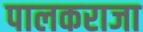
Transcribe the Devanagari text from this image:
पालकराजा